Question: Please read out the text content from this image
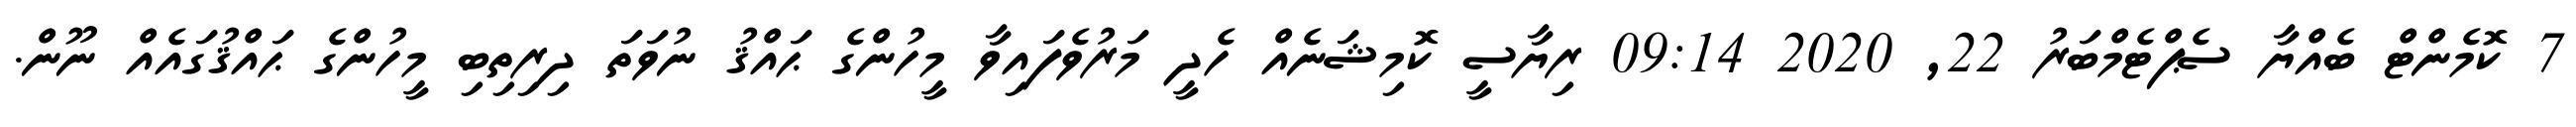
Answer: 7 ކޮމެންޓް ބެއްޔާ ސެޕްޓެމްބަރު 22, 2020 09:14 ރިޔާސީ ކޮމިޝަނެއް ހެދީ މަރުވެފައިވާ މީހުންގެ ޙައްޤު ނުވަތަ ދިރިތިބި މީހުންގެ ޙައްޤުގައެއް ނޫން.